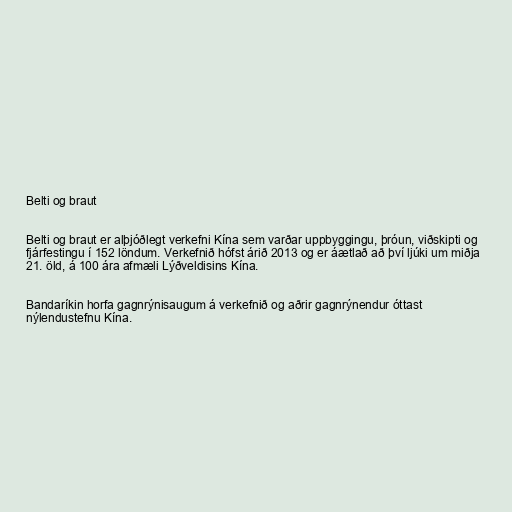
Belti og braut

Belti og braut er alþjóðlegt verkefni Kína sem varðar uppbyggingu, þróun, viðskipti og
fjárfestingu í 152 löndum. Verkefnið hófst árið 2013 og er áætlað að því ljúki um miðja
21. öld, á 100 ára afmæli Lýðveldisins Kína.

Bandaríkin horfa gagnrýnisaugum á verkefnið og aðrir gagnrýnendur óttast
nýlendustefnu Kína.